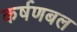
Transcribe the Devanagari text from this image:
कर्षणबल